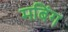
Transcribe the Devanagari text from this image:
मबिंग